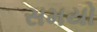
સમયો